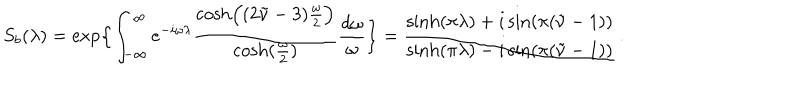
S _ { b } ( \lambda ) = \exp \Bigl \{ \int _ { - \infty } ^ { \infty } e ^ { - i \omega \lambda } { \frac { \cosh \Bigl ( ( 2 \tilde { \nu } - 3 ) { \frac { \omega } { 2 } } \Bigr ) } { \cosh ( { \frac { \omega } { 2 } } ) } } { \frac { d \omega } { \omega } } \Bigr \} = { \frac { \sinh ( \pi \lambda ) + i \sin ( \pi ( \tilde { \nu } - 1 ) ) } { \sinh ( \pi \lambda ) - i \sin ( \pi ( \tilde { \nu } - 1 ) ) } } \, .